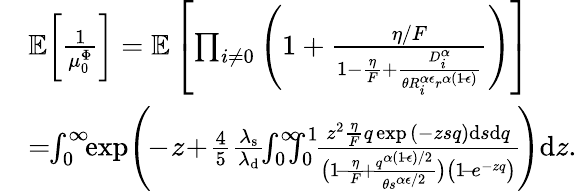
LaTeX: \begin{array}{rl}&{\mathbb{E}\bigg[\frac{1}{\mu_{0}^{\Phi}}\bigg]=\mathbb{E}\left[\prod_{i\neq 0}\Bigg(1+\frac{\eta/F}{1-\frac{\eta}{F}+\frac{D_{i}^{\alpha}}{\theta R_{i}^{\alpha\epsilon}r^{\alpha(1\! -\! \epsilon)}}}\Bigg)\right]}\\ &{=\! \! \int_{0}^{\infty}\! \! \exp{\! \Bigg(\! \! -\! z\! +\! \frac{4}{5}\frac{\lambda_{\mathrm{s}}}{\lambda_{\mathrm{d}}}\! \! \int_{0}^{\infty}\! \! \! \! \int_{0}^{1}\! \! \frac{z^{2}\frac{\eta}{F}q\exp{(-zsq)}\mathrm{d}s\mathrm{d}q}{\big(1\! -\! \frac{\eta}{F}\! +\! \frac{q^{\alpha(1\! -\! \epsilon)/2}}{\theta s^{\alpha\epsilon/2}}\big)\big(1\! -\! e^{-zq}\big)}\! \Bigg)}\mathrm{d}z.}\end{array}